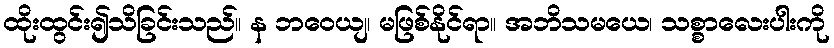
ထိုးထွင်း၍သိခြင်းသည်။ န ဘဝေယျ၊ မဖြစ်နိုင်ရာ။ အဘိသမယေ၊ သစ္စာလေးပါးကို